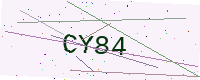
Text: CY84